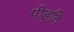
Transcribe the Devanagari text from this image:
पीड़ति